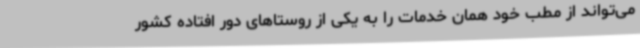
می‌تواند از مطب خود همان خدمات را به یکی از روستاهای دور افتاده کشور